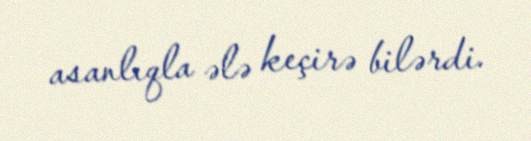
asanlıqla ələ keçirə bilərdi.